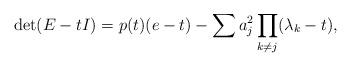
LaTeX: \begin{align*} \det(E-tI) = p(t)(e-t) - \sum a_j^2 \prod_{k\ne j} (\lambda_k-t),\end{align*}